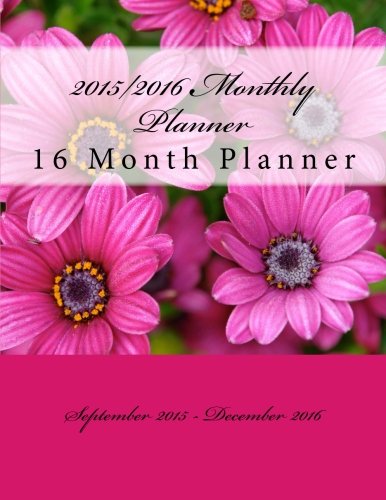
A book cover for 2015/2016 Monthly Planner: 16 Month Planner; Mdk Publications; Business & Money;